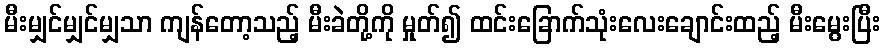
မီးမျှင်မျှင်မျှသာ ကျန်တော့သည့် မီးခဲတို့ကို မှုတ်၍ ထင်းခြောက်သုံးလေးချောင်းထည့် မီးမွေးပြီး